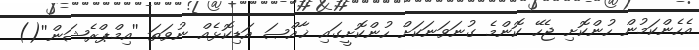
އެހެންކަމުން ހުންކޮށި ޖެހޭ ކޮންމެ ގުނަވަނަކަށް ހުންކޮށީގައި ޚާއްޞަ އަޑިކޮޅެއް ނުވަތަ ''އިމްޕްރެޝަން''()